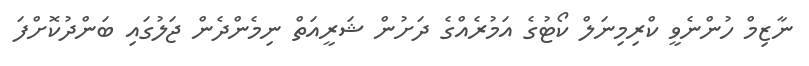
ނާޒިމް ހުންނެވީ ކްރިމިނަލް ކޯޓުގެ އަމުރެއްގެ ދަށުން ޝަރީއަތް ނިމެންދެން ޖަލުގައި ބަންދުކޮށްފަ